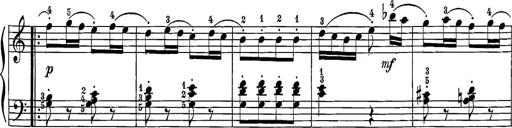
Title: 12 Sonatine per Pianoforte
Composer: Friedrich Kuhlau